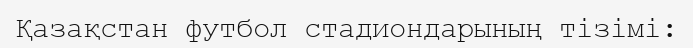
Қазақстан футбол стадиондарының тізімі: